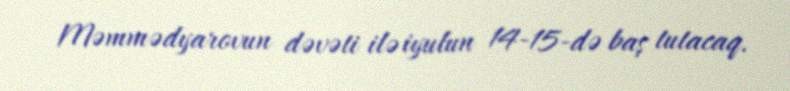
Məmmədyarovun dəvəti ilə iyulun 14-15-də baş tutacaq.